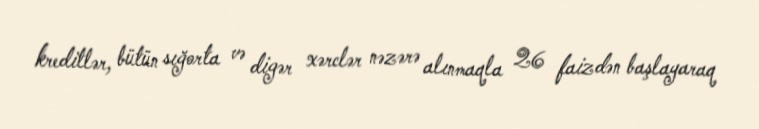
kreditlər, bütün sığorta və digər xərclər nəzərə alınmaqla 26 faizdən başlayaraq